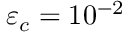
\varepsilon _ { c } = 1 0 ^ { - 2 }